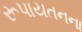
રૂપાયતનના